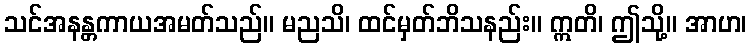
သင်အနန္တကာယအမတ်သည်။ မညသိ၊ ထင်မှတ်ဘိသနည်း။ ဣတိ၊ ဤသို့။ အာဟ၊